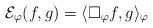
LaTeX: \begin{align*} \mathcal{ E}_\varphi( f,g ) =\langle \Box_{\varphi } f,g \rangle_\varphi \end{align*}